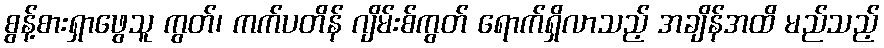
စွန့်စားရှာဖွေသူ ကွတ်၊ ကက်ပတိန် ဂျိမ်းစ်ကွတ် ရောက်ရှိလာသည့် အချိန်အထိ မည်သည့်